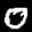
Label: 0